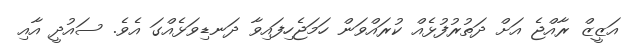
އަޒީޒް ރާއްޖެ އަށް ދަތުރުފުޅެއް ކުރައްވަން ހަމަޖެހިފައިވާ ދަނޑިވަޅެއްގަ އެވެ. ސައުދީ އާއި